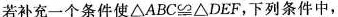
若补充一个条件使△ABC\cong △DEF，下列条件中，